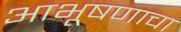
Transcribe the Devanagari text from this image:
आभूषणाचा